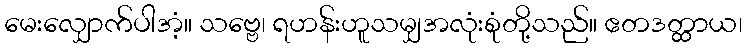
မေးလျှောက်ပါအံ့။ သဗ္ဗေ၊ ရဟန်းဟူသမျှအလုံးစုံတို့သည်။ ဧတဒတ္ထာယ၊